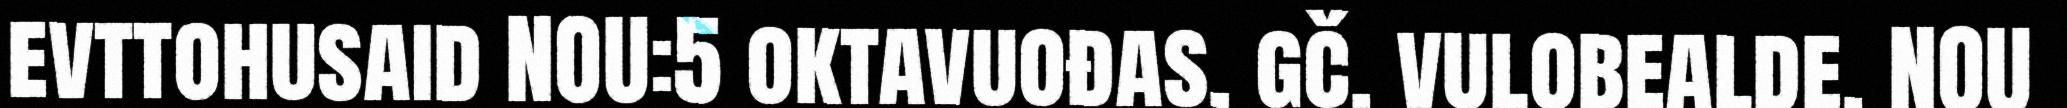
evttohusaid NOU:5 oktavuođas, gč. vulobealde. NOU